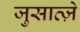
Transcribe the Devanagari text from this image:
जुसात्ज़े